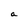
Character: a